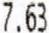
7.63